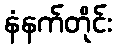
နံနက်တိုင်း